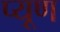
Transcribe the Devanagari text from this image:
प्यूण